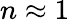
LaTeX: n\approx 1